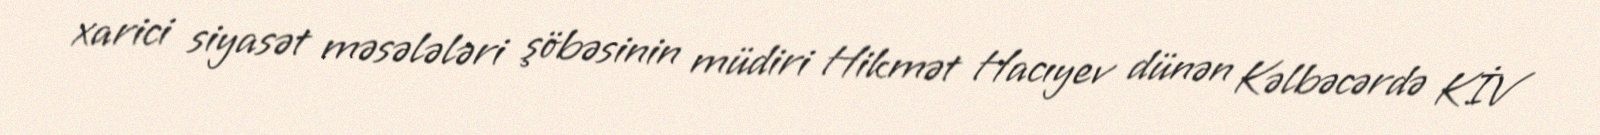
xarici siyasət məsələləri şöbəsinin müdiri Hikmət Hacıyev dünən Kəlbəcərdə KİV